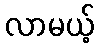
လာမယ့်